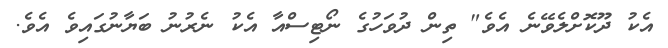
އެކު ދޫކޮށްލެވޭނެ އެވެ" ތިން ދުވަހުގެ ނޯޓިސްއާ އެކު ނެރުނު ބަޔާނުގައިވެ އެވެ.